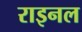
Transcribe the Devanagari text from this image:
राइनल